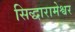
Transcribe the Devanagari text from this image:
सिद्धारामेश्वर